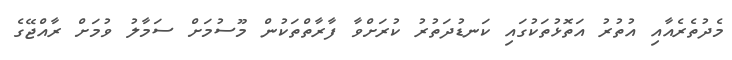
މެދުތެރެއާއި އުތުރު އަތޮޅުތަކުގައި ކަނޑުދަތުރު ކުރަށްވާ ފާރާތްތަކުން މޫސުމަށް ސަމާލު ވުމަަށް ރާއްޖޭގެ